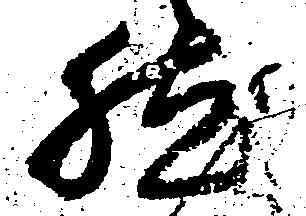
然